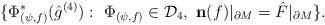
LaTeX: \begin{align*}\{\Phi_{(\psi,f)}^*(\hat g^{(4)}):~\Phi_{(\psi,f)}\in\mathcal D_4,~\mathbf n( f)|_{\partial M}=\hat F|_{\partial M}\}.\end{align*}